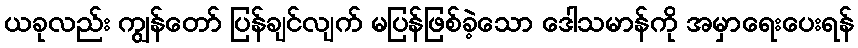
ယခုလည်း ကျွန်တော် ပြန်ချင်လျက် မပြန်ဖြစ်ခဲ့သော ဒေါသမာန်ကို အမှာရေးပေးရန်